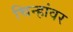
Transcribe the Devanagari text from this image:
चिन्हांवर